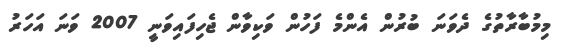
މިމުބާރާތުގެ ދެވަނަ ބުރުން އެންމެ ފަހުން ވަކިވާން ޖެހިފައިވަނީ 2007 ވަނަ އަހަރު